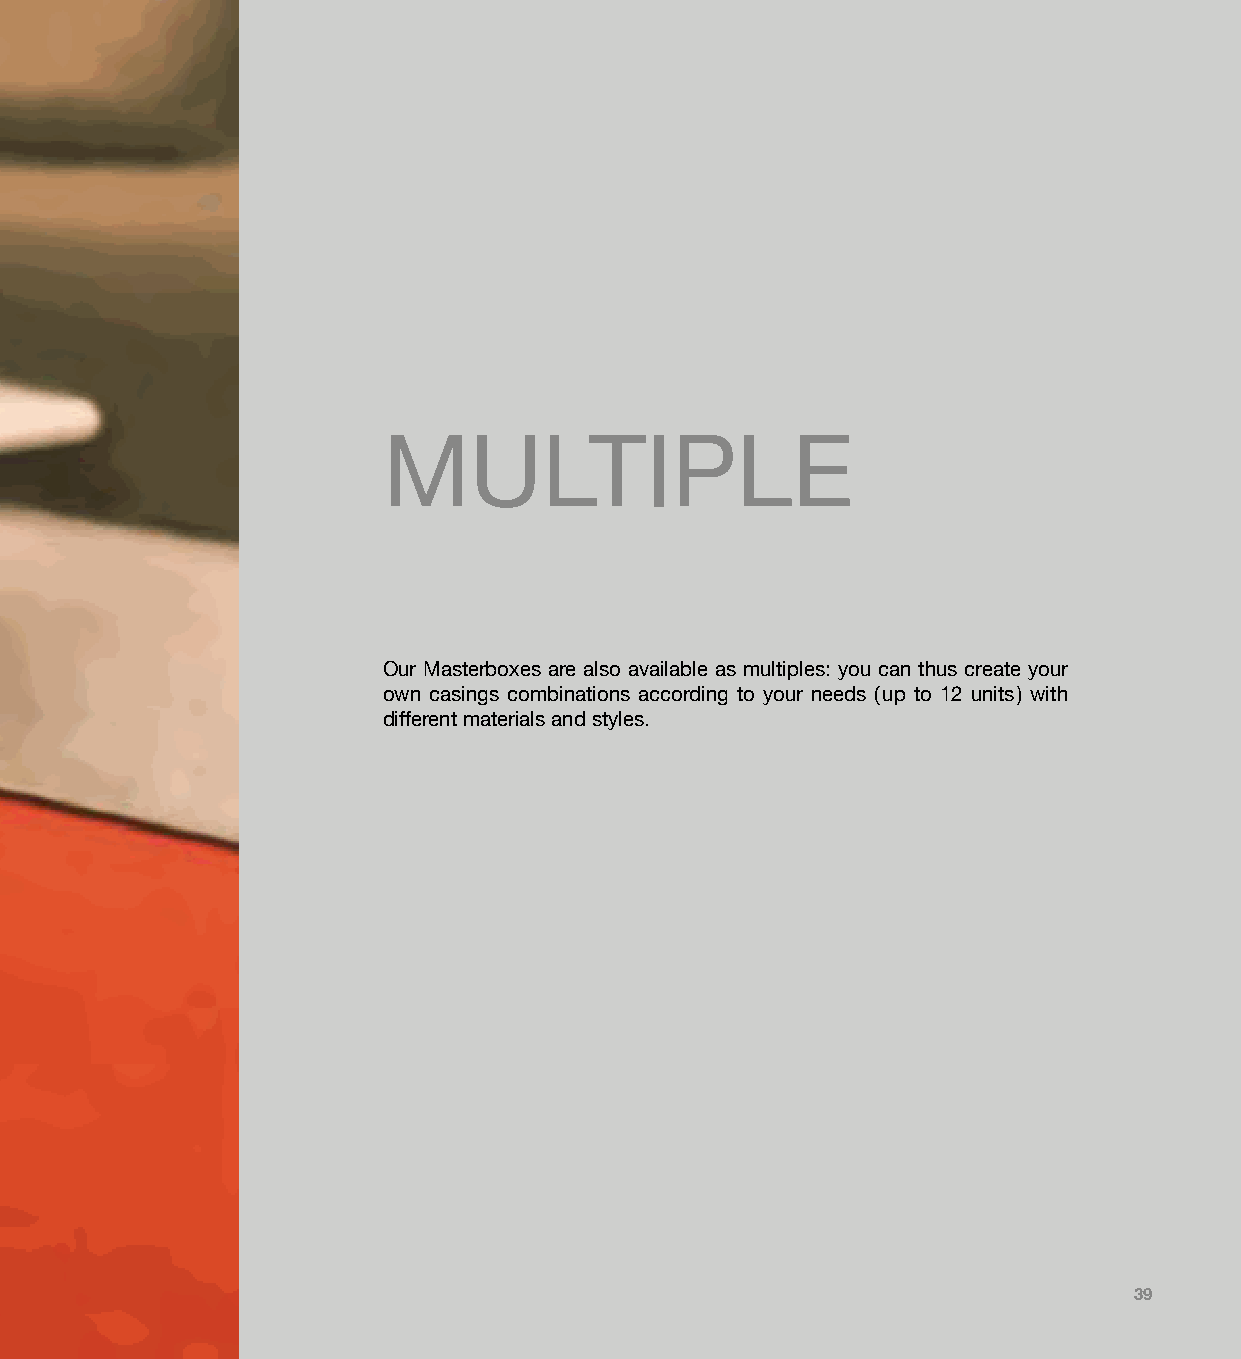
MULTIPLE
 Our Masterboxes are also available as multiples: you can thus create your
 own casings combinations according to your needs ( up to 12 units ) with
 different materials and styles.
 39